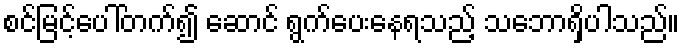
စင်မြင့်ပေါ်တက်၍ ဆောင် ရွက်ပေးနေရသည့် သဘောရှိပါသည်။